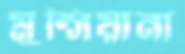
মুন্সিয়ানা